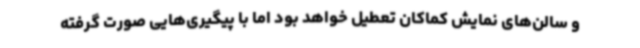
و سالن‌های نمایش کماکان تعطیل خواهد بود اما با پیگیری‌هایی صورت گرفته